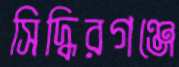
সিদ্ধিরগঞ্জে